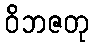
ဝိဘဇတု